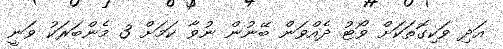
އަދި ވަކިގޮތަކަށް ވޯޓު ދެއްވަން ބޭނުން ނުވާ ކަމަށް 3 މެންބަރަކު ވަނީ